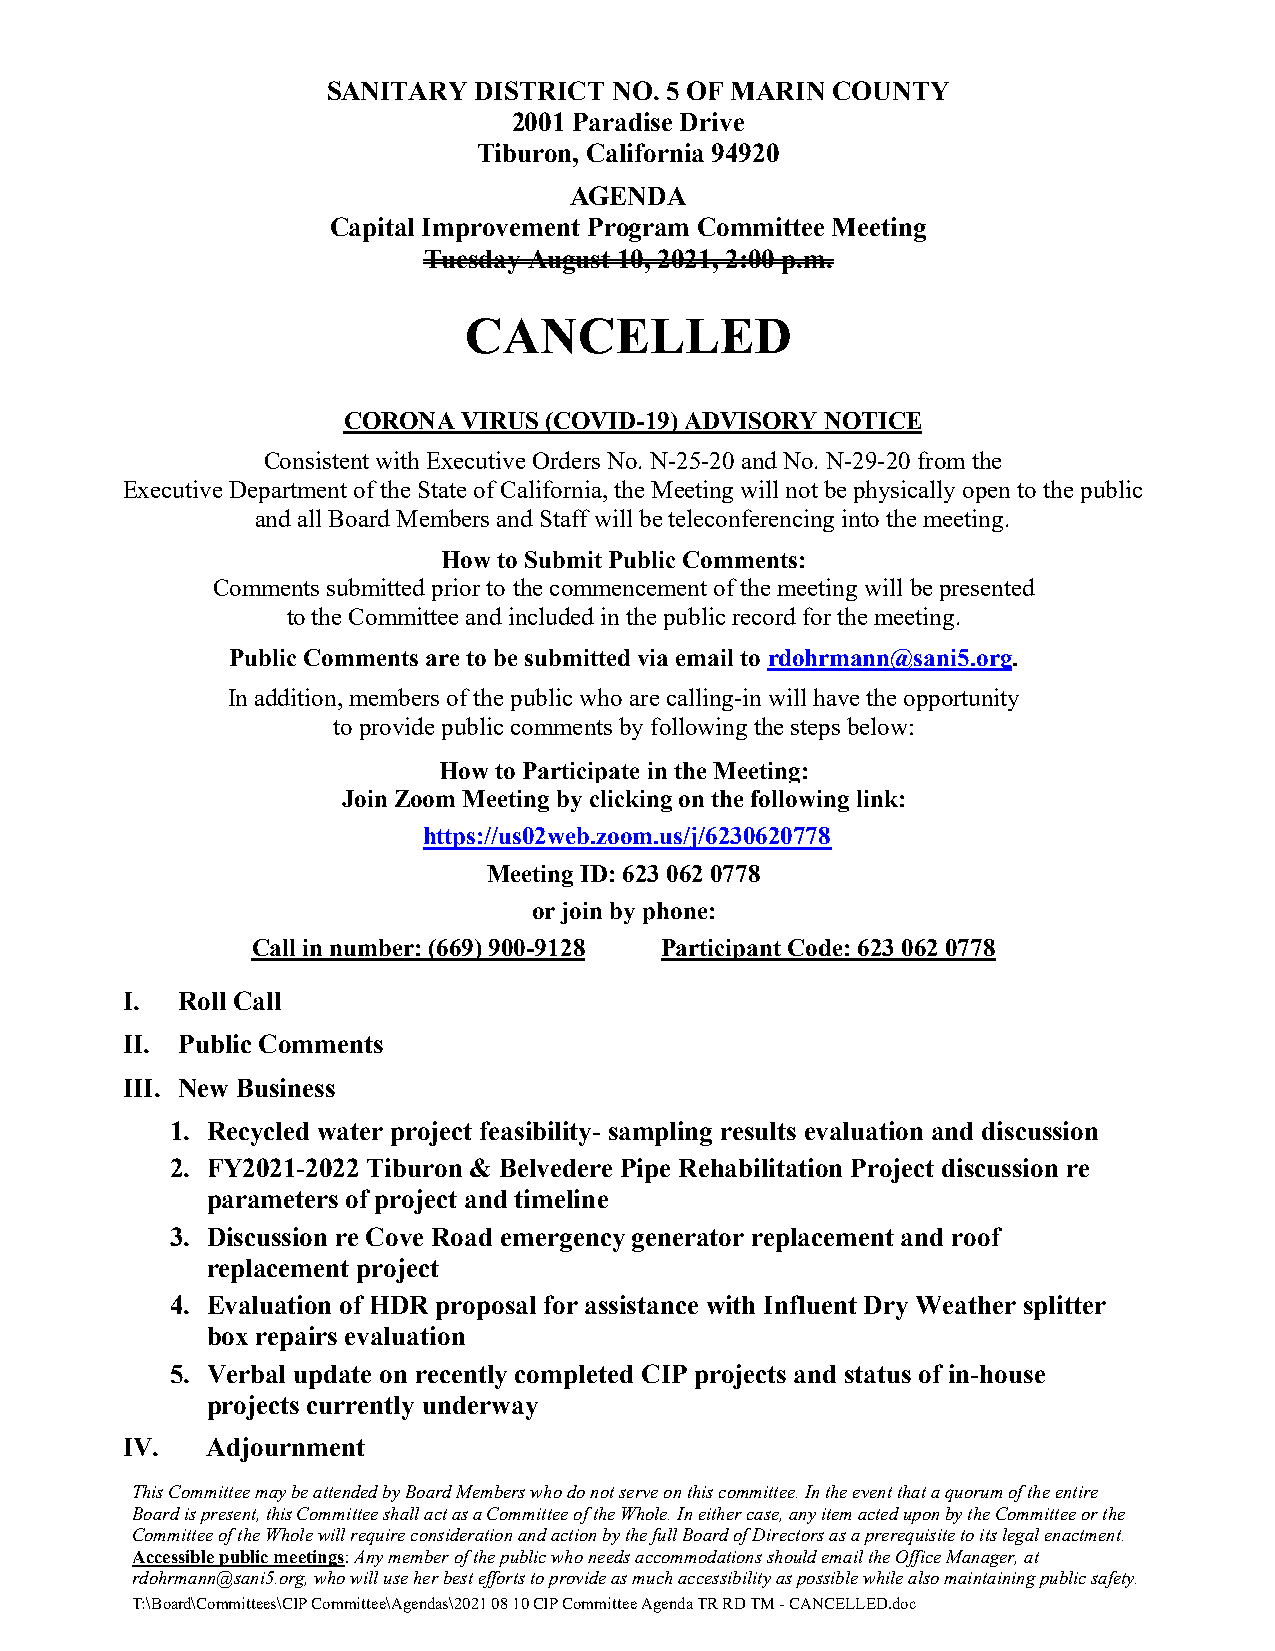
SANITARY DISTRICT  NO. 5 OF MARIN COUNTY
 2001 Paradise Drive
 Tiburon, California 94920
 AGENDA
 Capital Improvement Program Committee Meeting
 Tuesday August 10, 2021, 2:00 p.m.
 CANCELLED
 CORONA  VIRUS (COVID-19) ADVISORY NOTICE
 Consistent with Executive Orders No. N-25-20 and No. N-29-20 from the
 Executive Department of the State of California, the Meeting will not be physically open to the public
 and all Board Members and Staff will be teleconferencing into the meeting.
 How to Submit Public Comments:
 Comments submitted prior to the commencement of the meeting will be presented
 to the Committee and included in the public record for the meeting.
 Public Comments are to be submitted via email to rdohrmann@sani5.org.
 In addition, members of the public who are calling-in will have the opportunity
 to provide public comments by following the steps below:
 How to Participate in the Meeting:
 Join Zoom Meeting by clicking on the following link:
 https://us02web.zoom.us/j/6230620778
 Meeting ID: 623 062 0778
 or join by phone:
 Call in number: (669) 900-9128 Participant Code: 623 062 0778
 I.  Roll Call
 II. Public Comments
 III. New Business
 1. Recycled water project feasibility- sampling results evaluation and discussion
 2. FY2021-2022 Tiburon & Belvedere Pipe Rehabilitation Project discussion re
 parameters of project and timeline
 3. Discussion re Cove Road emergency generator replacement and roof
 replacement project
 4. Evaluation of HDR proposal for assistance with Influent Dry Weather splitter
 box repairs evaluation
 5. Verbal update on recently completed CIP projects and status of in-house
 projects currently underway
 IV.   Adjournment
 This Committee may be attended by Board Members who do not serve on this committee. In the event that a quorum of the entire
 Board is present, this Committee shall act as a Committee of the Whole. In either case, any item acted upon by the Committee or the
 Committee of the Whole will require consideration and action by the full Board of Directors as a prerequisite to its legal enactment.
 Accessible public meetings: Any member of the public who needs accommodations should email the Office Manager, at
 rdohrmann@sani5.org, who will use her best efforts to provide as much accessibility as possible while also maintaining public safety.
 T:\Board\Committees\CIP Committee\Agendas\2021 08 10 CIP Committee Agenda TR RD TM - CANCELLED.doc